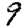
Digit: 9